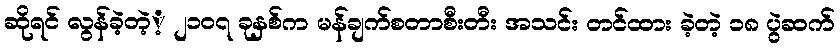
ဆိုရင် လွန်ခဲ့တဲ့့ ၂၁၀၇ ခုနှစ်က မန်ချက်စတာစီးတီး အသင်း တင်ထား ခဲ့တဲ့ ၁၈ ပွဲဆက်